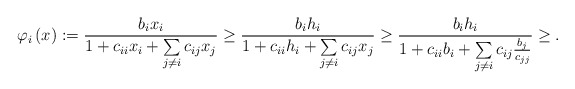
\begin{align*}\varphi_{i}\left( x \right):=\frac{b_{i}x_{i}}{1+c_{ii}x_{i}+\sum\limits_{j\ne i} {c_{ij}x_{j}} }\ge \frac{b_{i}h_{i}}{1+c_{ii}h_{i}+\sum\limits_{j\ne i} {c_{ij}x_{j}}}\ge \frac{b_{i}h_{i}}{1+c_{ii}b_{i}+\sum\limits_{j\ne i} c_{ij}\frac{b_{j}}{c_{jj}}}\ge.\end{align*}